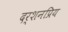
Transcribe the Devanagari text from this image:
दर्शनप्रिय